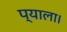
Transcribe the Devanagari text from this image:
प्याला।